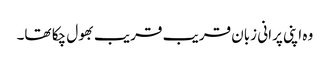
وہ اپنی پرانی زبان قریب قریب بھول چکا تھا۔